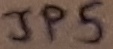
Text: JP5